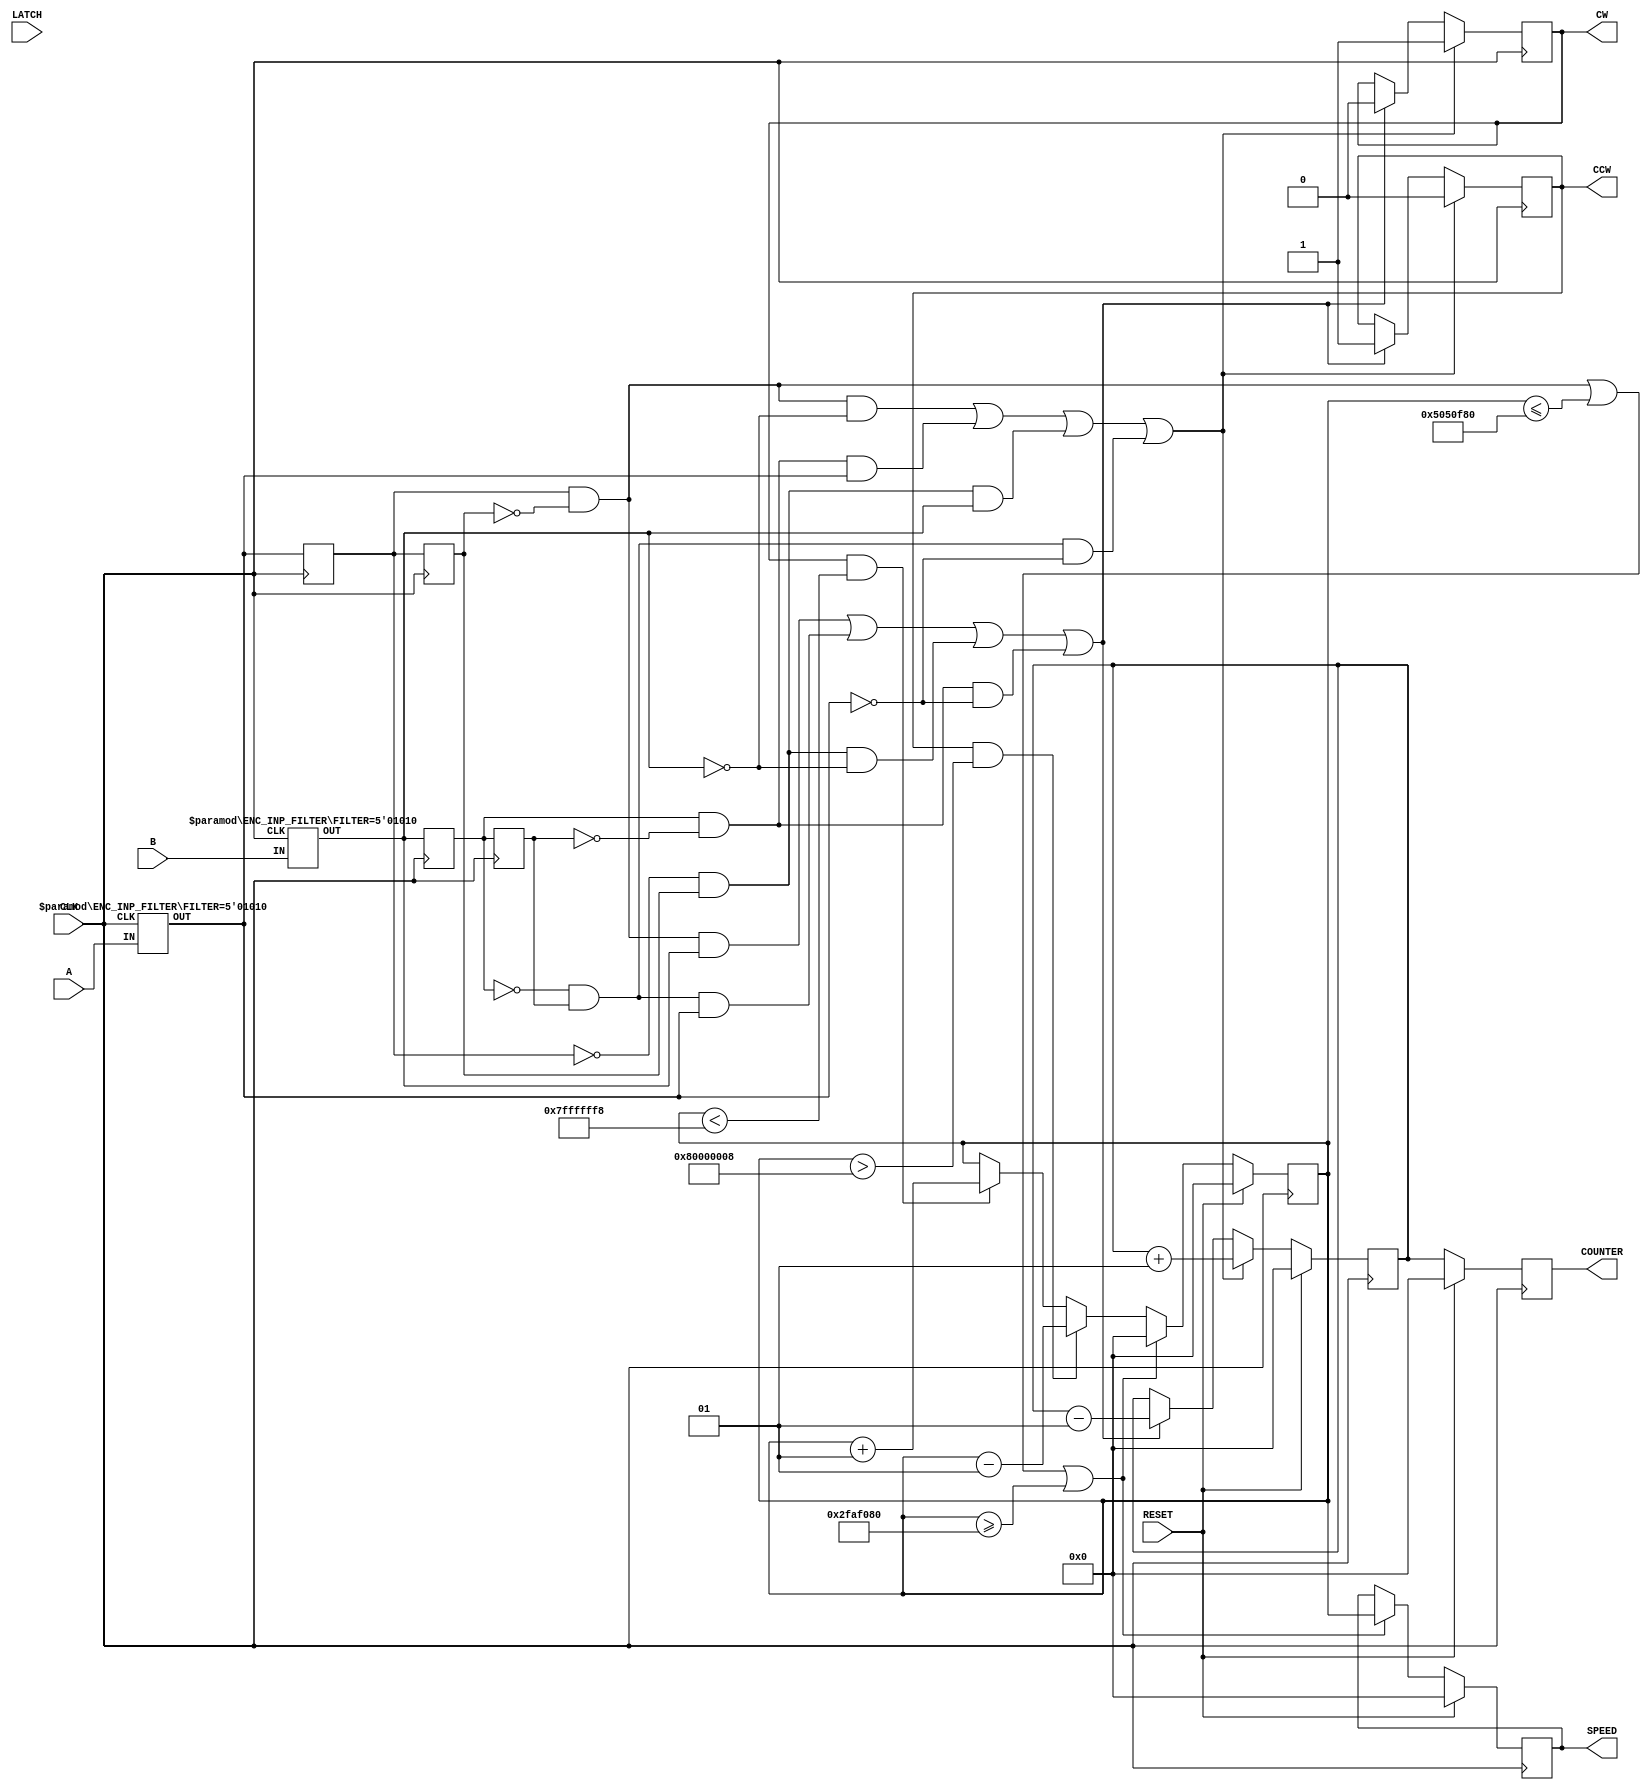
////////////////////////////////////////////////////////////////////////////////////////////
module QUADRATUR_ENCODER(
	input CLK,
	input A,
	input B,
	input LATCH,
	input RESET,
	output reg signed [31:0] COUNTER,
	output reg signed [31:0] SPEED,
	output reg CW,
	output reg CCW
	);
	//
	reg signed [31:0] counter_temp;
	reg signed [31:0] speed_temp;
	reg hri1; reg hri2; reg hri3; reg hri4; reg hri5; reg hri6;
	//
	wire a_;
	wire b_;
	wire a_re;
	wire a_fe;
	wire b_re;
	wire b_fe;
	wire latch_re;
	//
	localparam ENC_FILTER = 5'd10;
	ENC_INP_FILTER enc_inp_filter_a(CLK, A, a_); defparam enc_inp_filter_a.FILTER = ENC_FILTER;
	ENC_INP_FILTER enc_inp_filter_b(CLK, B, b_); defparam enc_inp_filter_b.FILTER = ENC_FILTER;	
	//
	assign a_re = (hri1 && !hri2);
	assign a_fe = (!hri1 && hri2);	
	assign b_re = (hri3 && !hri4);
	assign b_fe = (!hri3 && hri4);
	assign latch_re = (hri5 && !hri6);	
	//
	initial
	begin	
		CW <= 0;
		CCW <= 0;
		COUNTER <= 0;
		SPEED <= 0;
		//
		counter_temp <= 0;
		speed_temp <= 0;
		//
		hri1 <= 0; hri2 <= 0; hri3 <= 0; hri4 <= 0; hri5 <= 0; hri6 <= 0;
	end
	//
	always @(posedge CLK)
	begin
	// Impulsauswertung
	hri1 <= a_;
	hri2 <= hri1;	
	//
	hri3 <= b_;
	hri4 <= hri3;	
	//
	hri5 <= LATCH;
	hri6 <= hri5;	
	//
	if ((a_re && !b_) || (b_re && a_) || (a_fe && b_) || (b_fe && !a_))
		begin
		counter_temp <= counter_temp + 1;
		CW <= 1;
		CCW <= 0;
		end
	//
	else if ((a_re && b_) || (b_fe && a_) || (a_fe && !b_) || (b_re && !a_))
		begin
		counter_temp <= counter_temp - 1;
		CW <= 0;
		CCW <= 1;
		end
	//
	//if (latch_re)
	//	begin
		COUNTER <= counter_temp;
	//	end
	//
	// Drehzahlerfassung mit Betrachtung des Ueberlaufes +-2^31
	if (CW && (speed_temp < 2147483640))
		begin
		speed_temp <= speed_temp + 1;
		end
	//
	if (CCW && (speed_temp > -2147483640))
		begin
		speed_temp <= speed_temp - 1;
		end
	//
	if (a_re || (speed_temp <= -50000000) || (speed_temp >= 50000000))
		begin
		SPEED <= speed_temp;
		speed_temp <= 0;
		end
	//	
	if (RESET)
		begin
		counter_temp <= 0;
		COUNTER <= 0;
		speed_temp <= 0;
		SPEED <= 0;
		end
	end
endmodule
////////////////////////////////////////////////////////////////////////////////////////////
//	Digitales Filter
module	ENC_INP_FILTER (
	input CLK, 
	input IN,
	output reg OUT
	);
//
parameter FILTER = 5'd5;
//
reg [4:0] ctr0;
reg [4:0] ctr1;
//
initial
	begin
	OUT <= 0;
	ctr0 <= 0;
	ctr1 <= 0;
	end
always	@(posedge CLK)
begin
	if (IN && !OUT)
		begin
		ctr0 <= 0;
		ctr1 <= ctr1 + 1;
		end
	//	
	if (!IN && OUT)
		begin
		ctr0 <= ctr0 + 1;
		ctr1 <= 0;
		end	
	//
	if (ctr0 == FILTER)
		begin
		ctr0 <= 0;
		ctr1 <= 0;
		OUT <= 0;
		end
	//
	if (ctr1 == FILTER)
		begin
		ctr0 <= 0;
		ctr1 <= 0;
		OUT <= 1;
		end
	//	
	if (((ctr0 > 0) && IN) || ((ctr1 > 0) && !IN))
		begin
		ctr0 <= 0;
		ctr1 <= 0;
		end	
end
endmodule
////////////////////////////////////////////////////////////////////////////////////////////